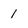
Character: 1